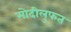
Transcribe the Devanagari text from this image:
मोदीलुफत